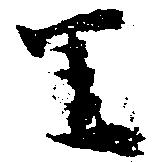
里